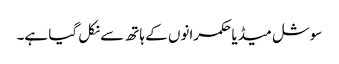
سوشل میڈیا حکمرانوں کے ہاتھ سے نکل گیا ہے۔